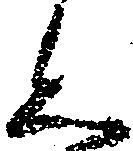
く